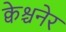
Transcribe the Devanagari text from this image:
क्वेश्चनेर